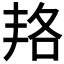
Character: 𠲱